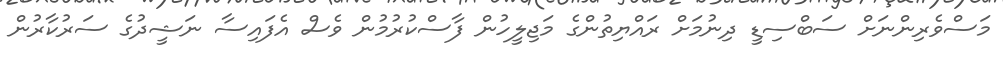
މަސްވެރިންނަށް ސަބްސިޑީ ދިނުމަށް ރައްޔިތުންގެ މަޖިލީހުން ފާސްކުރުމުން ވެސް އެފައިސާ ނަޝީދުގެ ސަރުކާރުން